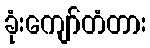
ခုံးကျော်တံတား